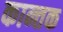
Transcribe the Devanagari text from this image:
कान्तक